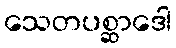
သေတပစ္ဆာဒေါ